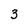
Character: 3